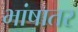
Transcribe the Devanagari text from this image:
भांषातर